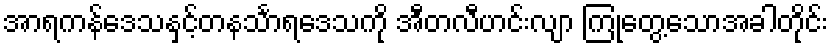
အာရကန်ဒေသနှင့်တနင်္သာရဒေသကို အီတလီဟင်းလျာ ကြုံတွေ့သောအခါတိုင်း